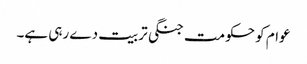
عوام کو حکومت جنگی تربیت دے رہی ہے۔